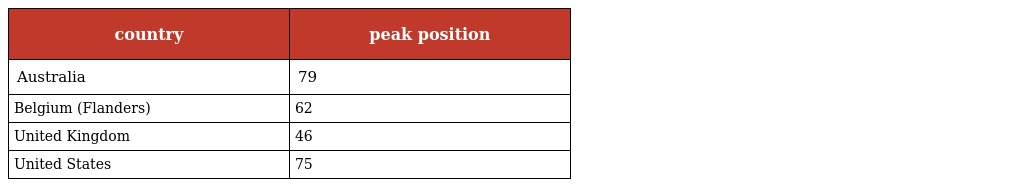
| country | peak position |
 | --- | --- |
 | Australia | 79 |
 | Belgium (Flanders) | 62 |
 | United Kingdom | 46 |
 | United States | 75 |